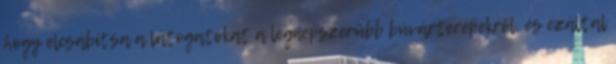
hogy elcsábítsa a látogatókat a legnépszerűbb búvárterepekről, és ezáltal